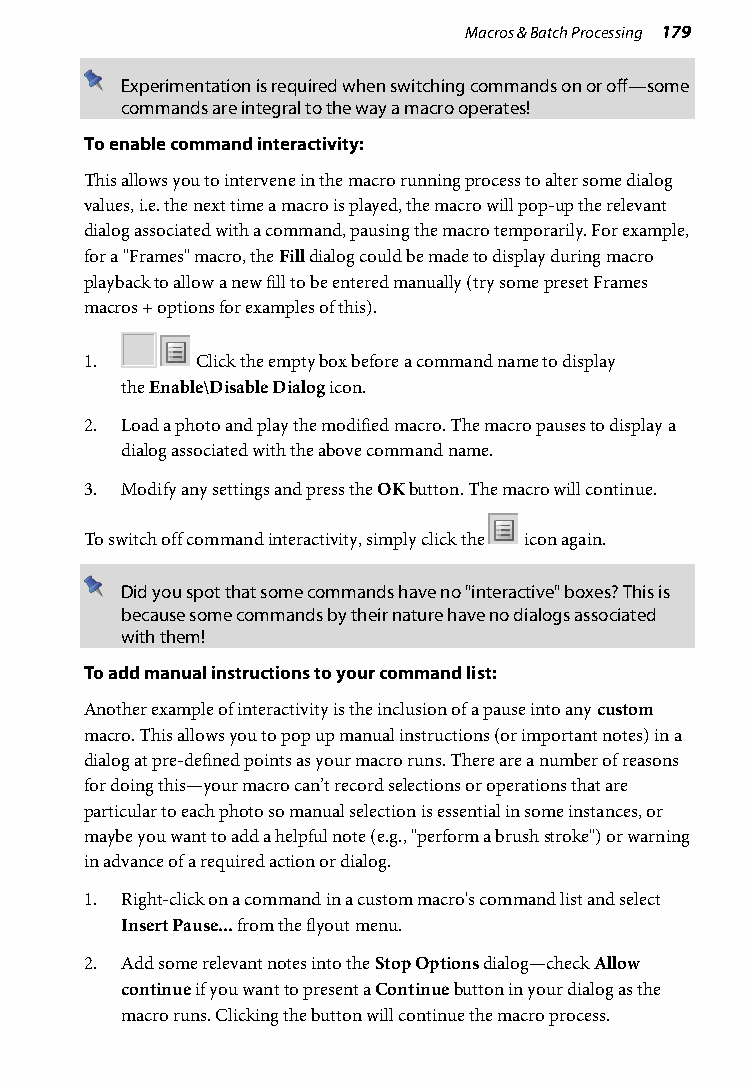
Macros & Batch Processing 179
 Experimentation is required when switching commands on or off—some
 commands are integral to the way a macro operates!
 To enable command interactivity:
 This allows you to intervene in the macro running process to alter some dialog
 values, i.e. the next time a macro is played, the macro will pop-up the relevant
 dialog associated with a command, pausing the macro temporarily. For example,
 for a "Frames" macro, the Fill dialog could be made to display during macro
 playback to allow a new fill to be entered manually (try some preset Frames
 macros + options for examples of this).
 1.     Click the empty box before a command name to display
 the Enable\Disable Dialog icon.
 2. Load a photo and play the modified macro. The macro pauses to display a
 dialog associated with the above command name.
 3. Modify any settings and press the OK button. The macro will continue.
 To switch off command interactivity, simply click the icon again.
 Did you spot that some commands have no "interactive" boxes? This is
 because some commands by their nature have no dialogs associated
 with them!
 To add manual instructions to your command list:
 Another example of interactivity is the inclusion of a pause into any custom
 macro. This allows you to pop up manual instructions (or important notes) in a
 dialog at pre-defined points as your macro runs. There are a number of reasons
 for doing this—your macro can’t record selections or operations that are
 particular to each photo so manual selection is essential in some instances, or
 maybe you want to add a helpful note (e.g., "perform a brush stroke") or warning
 in advance of a required action or dialog.
 1. Right-click on a command in a custom macro's command list and select
 Insert Pause... from the flyout menu.
 2. Add some relevant notes into the Stop Options dialog—check Allow
 continue if you want to present a Continue button in your dialog as the
 macro runs. Clicking the button will continue the macro process.